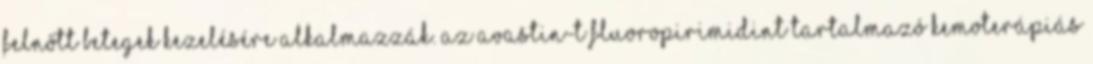
felnőtt betegek kezelésére alkalmazzák. Az Avastin-t fluoropirimidint tartalmazó kemoterápiás